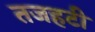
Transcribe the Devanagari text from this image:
तजहटी